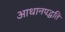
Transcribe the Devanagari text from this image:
आधानपद्धति